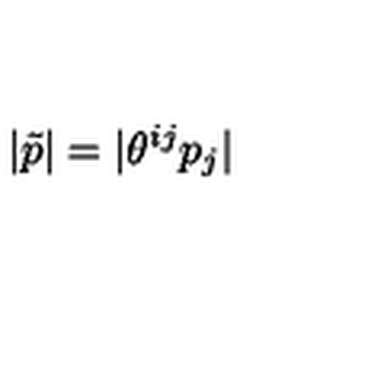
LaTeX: | \tilde { p } | = | \theta ^ { i j } p _ { j } |